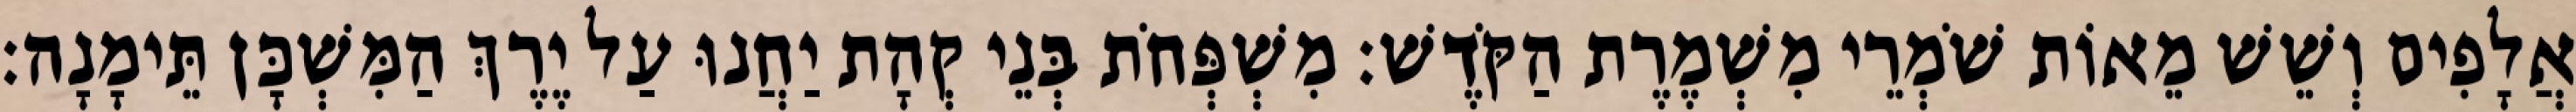
אֲלָפִים וְשֵׁשׁ מֵאוֹת שֹׁמְרֵי מִשְׁמֶרֶת הַקֹּדֶשׁ׃ מִשְׁפְּחֹת בְּנֵי קְהָת יַחֲנוּ עַל יֶרֶךְ הַמִּשְׁכָּן תֵּימָנָה׃